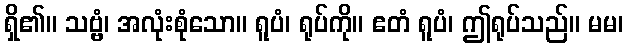
ရှိ၏။ သဗ္ဗံ၊ အလုံးစုံသော။ ရူပံ၊ ရုပ်ကို။ ဧတံ ရူပံ၊ ဤရုပ်သည်။ မမ၊